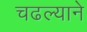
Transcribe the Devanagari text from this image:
चढल्याने